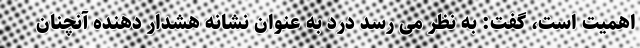
اهمیت است، گفت: به نظر می رسد درد به عنوان نشانه هشدار دهنده آنچنان